Lunatic asylums in Bengal annual reports 1888-1898 - 1888-1898
Year: 1888
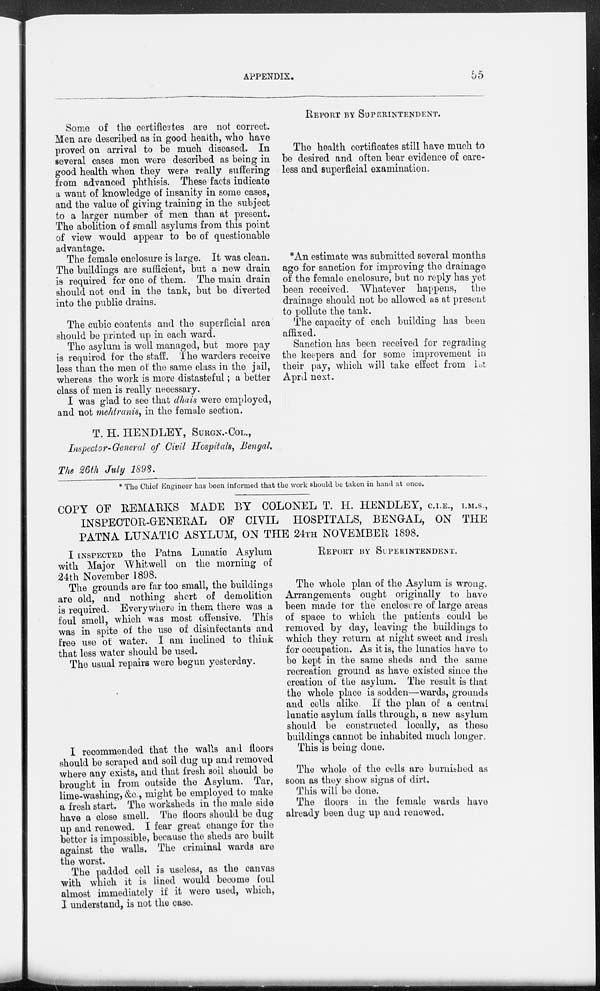
APPENDIX.
55
Some of the certificates are not correct.
Men are described as in good health, who have
proved on arrival to be much diseased. In
several cases men were described as being in
good health when they were really suffering
from advanced phthisis. These facts indicate
a want of knowledge of insanity in some cases,
and the value of giving training in the subject
to a larger number of men than at present.
The abolition of small asylums from this point
of view would appear to be of questionable
advantage.
The female enclosure is large. It was clean.
The buildings are sufficient, but a new drain
is required for one of them. The main drain
should not end in the tank, but be diverted
into the public drains.
The cubic contents and the superficial area
should be printed up in each ward.
The asylum is well managed, but more pay
is required for the staff. The warders receive
less than the men of the same class in the jail,
whereas the work is more distasteful; a better
class of men is really necessary.
I was glad to see that dhais were employed,
and not mehtranis, in the female section.
T. H. HENDLEY, SURGN.-COL.,
Inspector-General of Civil Hospitals, Bengal.
The 26th July 1898.
REPORT BY SUPERINTENDENT.
The health certificates still have much to
be desired and often bear evidence of care-
less and superficial examination.
*An estimate was submitted several months
ago for sanction for improving the drainage
of the female enclosure, but no reply has yet
been received. Whatever happens,
the
drainage should not be allowed as at present
to pollute the tank.
The capacity of each building has been
affixed.
Sanction has been received for regrading
the keepers and for some improvement in
their pay, which will take effect from 1st
April next.
* The Chief Engineer has been informed that the work should be taken in hand at once.
COPY OF REMARKS MADE BY COLONEL T. H. HENDLEY, C.I.E., I.M.S.,
INSPECTOR-GENERAL OF CIVIL
HOSPITALS, BENGAL, ON THE
PATNA LUNATIC ASYLUM, ON THE 24TH NOVEMBER 1898.
I INSPECTED the Patna Lunatic Asylum
with Major Whitwell on the morning of
24th November 1898.
The grounds are far too small, the buildings
are old, and nothing short of demolition
is required. Everywhere in them there was a
foul smell, which was most offensive. This
was in spite of the use of disinfectants and
free use of water. I am inclined to think
that less water should be used.
The usual repairs were begun yesterday.
I recommended that the walls and floors
should be scraped and soil dug up and removed
where any exists, and that fresh soil should be
brought in from outside the Asylum. Tar,
lime-washing, &c., might be employed to make
a fresh start. The worksheds in the male side
have a close smell. The floors should be dug
up and renewed. I fear great change for the
better is impossible, because the sheds are built
against the walls. The criminal wards are
the worst.
The padded cell is useless, as the canvas
with which it is lined would become foul
almost immediately if it were used, which,
I understand, is not the case.
REPORT BY SUPERINTENDENT.
The whole plan of the Asylum is wrong,
Arrangements ought originally to have
been made for the enclosure of large areas
of space to which the patients could be
removed by day, leaving the buildings to
which they return at night sweet and fresh
for occupation. As it is, the lunatics have to
be kept in the same sheds and the same
recreation ground as have existed since the
creation of the asylum. The result is that
the whole place is sodden—wards, grounds
and cells alike. If the plan of a central
lunatic asylum falls through, a new asylum
should be constructed locally, as these
buildings cannot be inhabited much longer
This is being done.
The whole of the cells are burnished as
soon as they show signs of dirt.
This will be done.
The floors in the female wards have
already been dug up and renewed.